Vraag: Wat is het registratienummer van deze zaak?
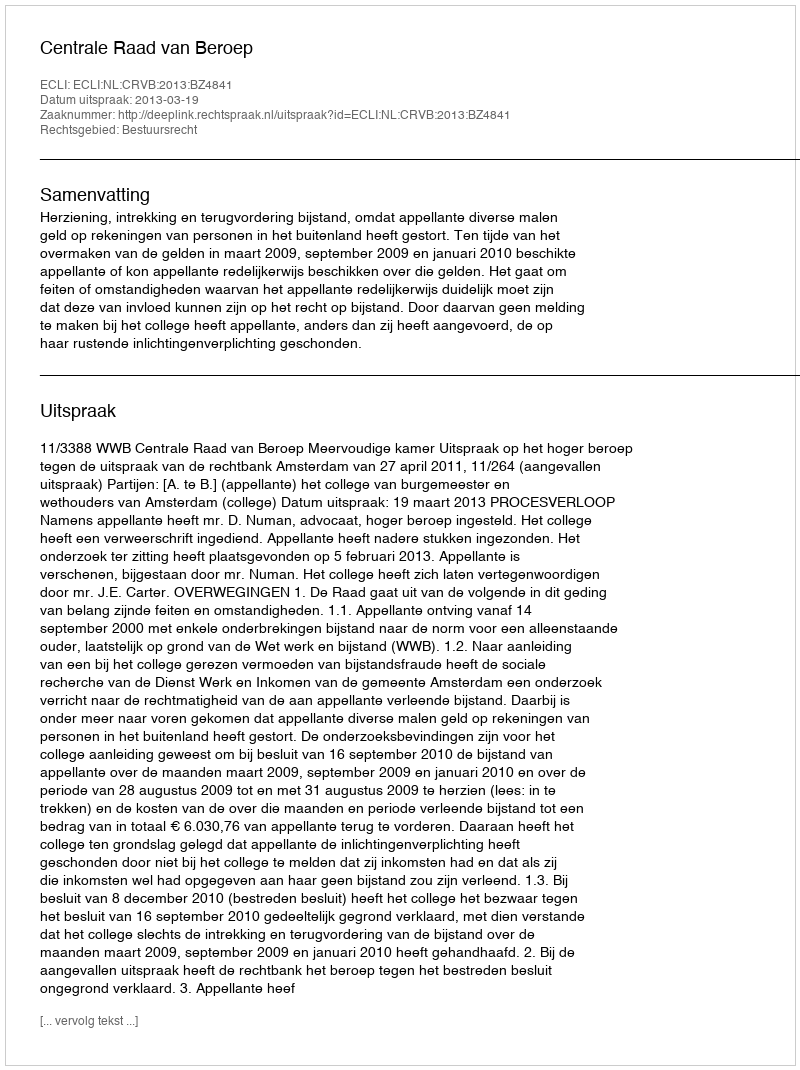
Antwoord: http://deeplink.rechtspraak.nl/uitspraak?id=ECLI:NL:CRVB:2013:BZ4841